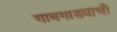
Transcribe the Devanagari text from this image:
गावगाड्याची